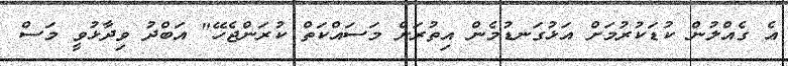
އެ ގެއްލުން ކުޑަކުރުމަށް އަޅުގަނޑުމެން އިތުރަށް މަސައްކަތް ކުރަންޖެހޭ" އަބްދު ވިދާޅުވީ މަސް